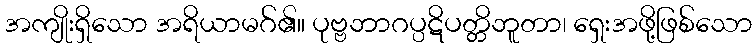
အကျိုးရှိသော အရိယာမဂ်၏။ ပုဗ္ဗဘာဂပ္ပဋိပတ္တိဘူတာ၊ ရှေးအဖို့ဖြစ်သော